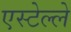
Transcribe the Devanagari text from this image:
एस्टेल्ले